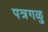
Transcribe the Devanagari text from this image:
पत्रगळु